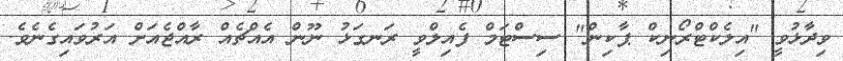
ވިދާޅުވީ "އިލެކްޓްރޯނިކް ޕާކިން" ސިސްޓަމް ފެއިލްވީ ރަނގަޅު ނޫން އެއްޗެއް ރާއްޖެއަށް އަރުވައިގެނެވެ.